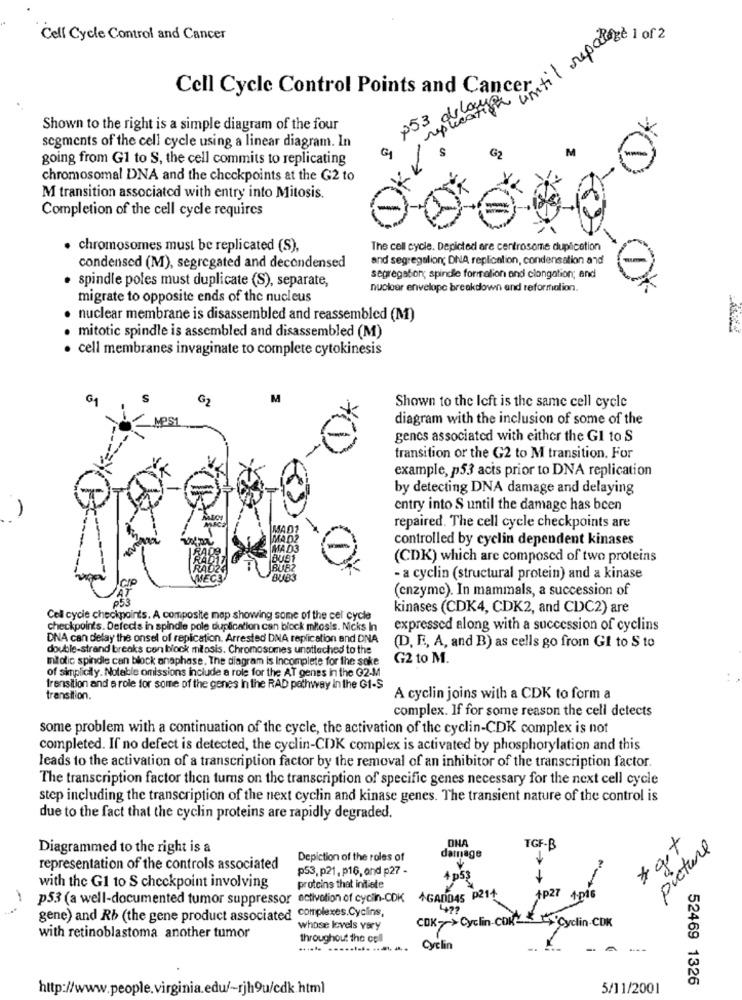
delays ertil repase)
Cell Cycle Control and Cancer
Cell Cycle Control Points and Cancer.
53
Shown to the right is a simple diagram of the four
segments of the cell cycle using a linear diagram. In
going from G1 to S, the cell commits to replicating
chromosomal DNA and the checkpoints at the G2 to
M transition associated with entry into Mitosis.
Completion of the cell cycle requires
· chromosomes must be replicated (S),
The cell cycle. Depicted are centrosome duplication
and segregalion; DNA replication, condensation and
condensed (M), segregated and decondensed
segregation; spindle formation and clongation; and
· spindle poles must duplicate (S), separate,
nuclear envelope breakdown and reformation.
migrate to opposite ends of the nucleus
nuclear membrane is disassembled and reassembled (M)
mitotic spindle is assembled and disassembled (M)
cell membranes invaginate to complete cytokinesis
GA
G2
Shown to the left is the same cell cycle
diagram with the inclusion of some of the
genes associated with either the Gl to S
transition or the G2 to M transition. For
example, p53 acts prior to DNA replication
by detecting DNA damage and delaying
entry into S until the damage has been
repaired. The cell cycle checkpoints are
controlled by cyclin dependent kinases
(CDK) which are composed of two proteins
- a cyclin (structural protein) and a kinase
(enzyme). In mammals, a succession of
05
kinases (CDK4, CDK2, and CDC2) are
Cell cycle checkpoints. A composite map showing some of the cel cycle
checkpoints. Defects in spindle pole duplication can block mitosis. Nicks In
expressed along with a succession of cyclins
DNA can delay the onsel of replication. Arrested DNA replication and DNA
double-strand breaks con block mitosis. Chromosomes unattached to the
(D, E, A, and B) as cells go from Gi to S to
Ilolic spindle can block anaphase. The diagram is Incomplete for the sake
G2 to M.
of simplicity. Notable omissions include a role for the AT genes in the G2-M
frensition and a role for some of the genes In the RAD pathway In the G1-S
transition.
A cyclin joins with a CDK to form a
complex. If for some reason the cell detects
some problem with a continuation of the cycle, the activation of the cyclin-CDK complex is not
completed. If no defect is detected, the cyclin-CDK complex is activated by phosphorylation and this
leads to the activation of a transcription factor by the removal of an inhibitor of the transcription factor.
The transcription factor then turns on the transcription of specific genes necessary for the next cell cycle
step including the transcription of the next cyclin and kinase genes. The transient nature of the control is
due to the fact that the cyclin proteins are rapidly degraded.
ONA
Diagrammed to the right is a
TGF-B
# get
picture
Depiction of the roles of
damnage
representation of the controls associated
p53,p21. p16, and p27-
with the G1 to S checkpoint involving
proteins that indiete
p53 (a well-documented tumor suppressor activation of cyclin-CDK +GADD45 P211
+P27
4.pt6
479
gene) and Rb (the gene product associated complexes.Cyclins,
COK>> Cyclin.COMCyclin-CDK
whose levels very
with retinoblastoma another tumor
throughout the cell
Cyclin
52469 1326
http://www.people.virginia.edu/~rjh9u/cdk.html
5/11/2001